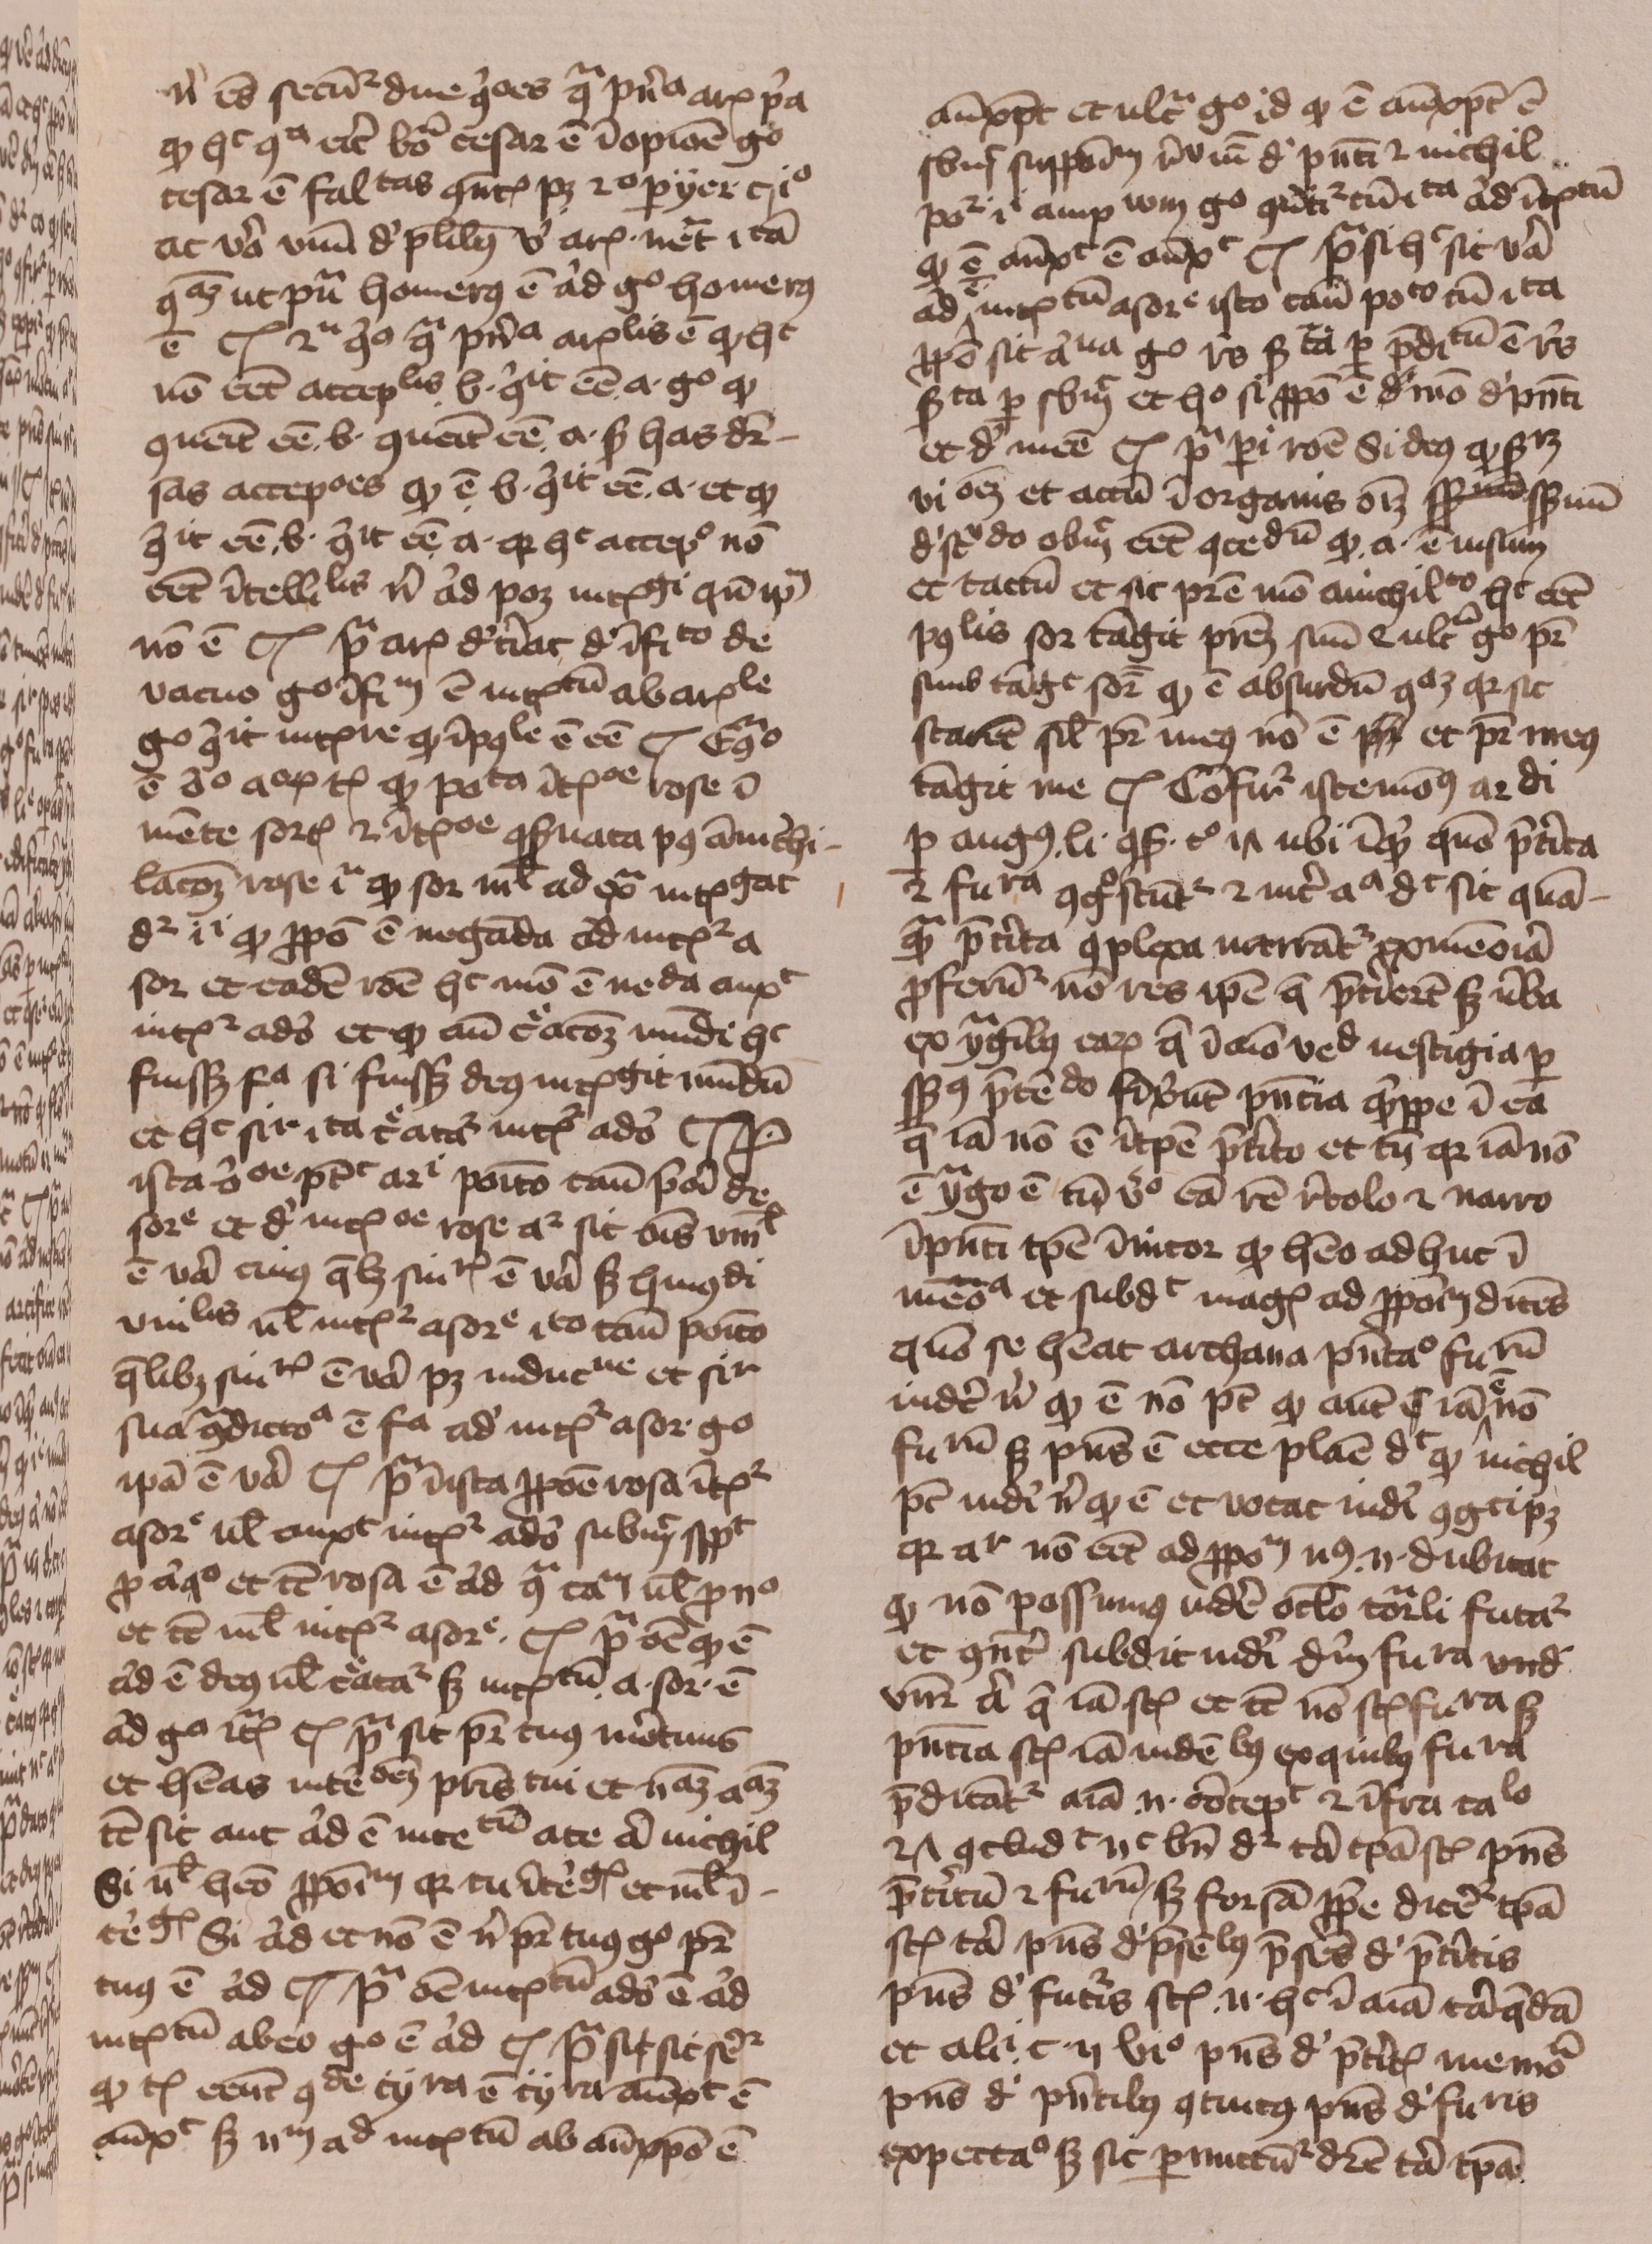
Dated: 1429–1431